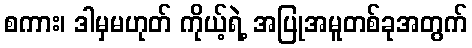
စကား၊ ဒါမှမဟုတ် ကိုယ့်ရဲ့ အပြုအမူတစ်ခုအတွက်